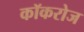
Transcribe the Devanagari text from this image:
कॉकरोज